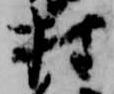
村